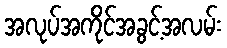
အလုပ်အကိုင်အခွင့်အလမ်း